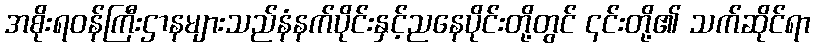
အစိုးရဝန်ကြီးဌာနများသည်နံနက်ပိုင်းနှင့်ညနေပိုင်းတို့တွင် ၎င်းတို့၏ သက်ဆိုင်ရာ